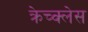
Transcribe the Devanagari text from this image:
क्रेच्क्लेस